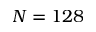
N = 1 2 8